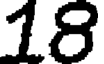
18